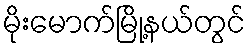
မိုးမောက်မြို့နယ်တွင်